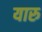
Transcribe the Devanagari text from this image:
यारु